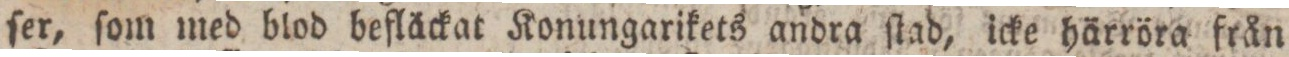
ſer, ſom med blod befläckat Konungarikets andra ſtad, icke härröra från